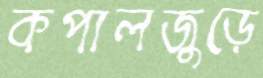
কপালজুড়ে